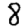
Digit: 8